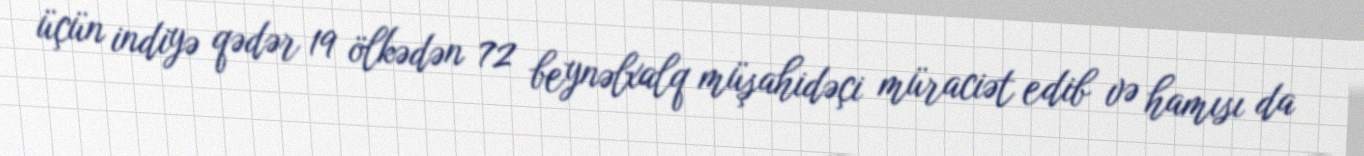
üçün indiyə qədər 19 ölkədən 72 beynəlxalq müşahidəçi müraciət edib və hamısı da